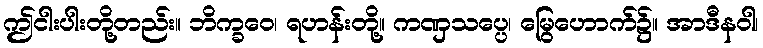
ဤငါးပါးတို့တည်း။ ဘိက္ခဝေ၊ ရဟန်းတို့။ ကဏှသပ္ပေ၊ မြွေဟောက်၌။ အာဒီနဝါ၊